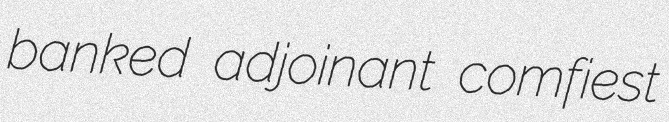
banked adjoinant comfiest